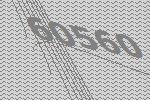
60560